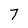
Character: 7